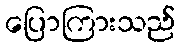
ပြောကြားသည်